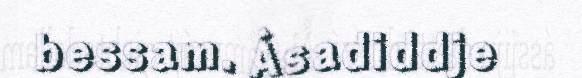
bessam. Ásadiddje